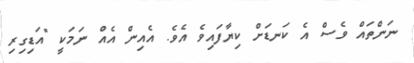
ނަންތައް ވެސް އެ ކަނޑަށް ކިޔާފައިވެ އެވެ. އެއިން އެއް ނަމަކީ "އަޑިގިރި